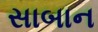
સાબાન